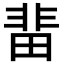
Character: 𮧅